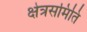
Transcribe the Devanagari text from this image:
क्षेत्रसमिति